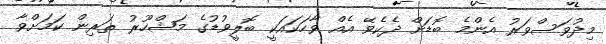
މިދުވަސްވަރު އެންމެ ބޮޑަށް ދެކެވޭ އެއް ވާހަކައަކީ ބޮލީވުޑުގެ މަޝްހޫރު ތަރިން ކަމަށްވާ